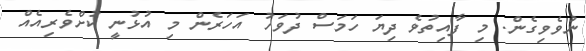
ނުވެވިގެން. މި ފާއިތުވެ ދިޔަ ހަމަސް ދުވަހު އަހަރެން މި އުޅުނީ ކުށްވެރިއެއް